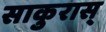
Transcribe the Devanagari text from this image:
साकुरास्